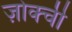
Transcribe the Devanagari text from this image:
ज़ोक्ची